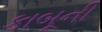
કાબૂની